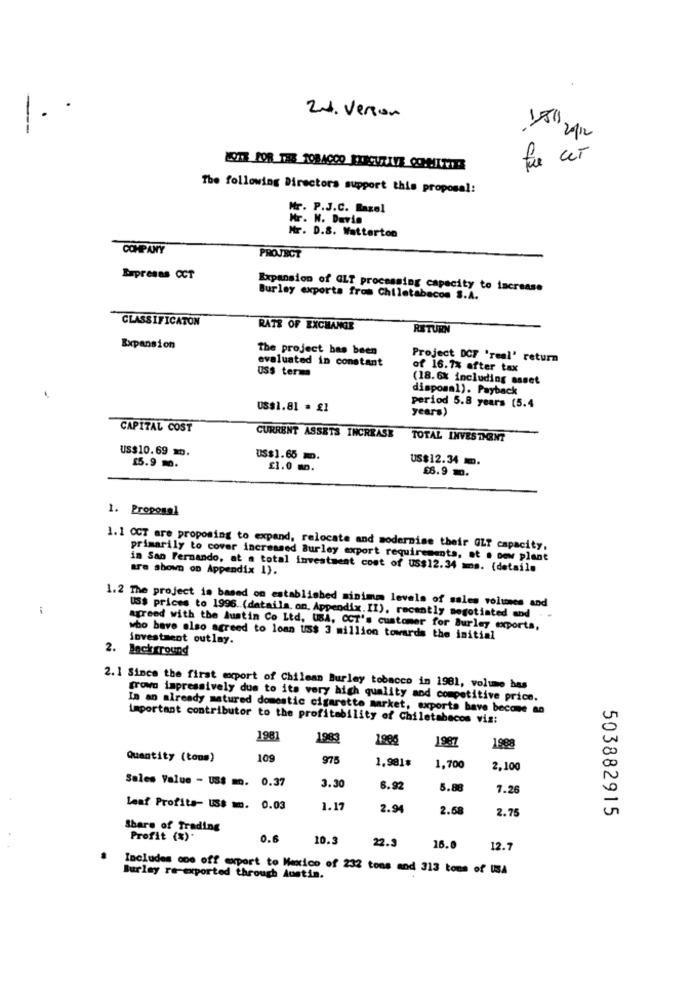
2. Version
150
20/12
018
The following Directors support this proposal:
Mr. P.J.C. Bazel
Mr. W. Davis
Mr. D.S. Watterton
COMPANY
PROJECT
Expresas CCT
Expansion of GLT processing capacity to increase
Burley exporta from Chiletabacos S.A.
CLASSIFICATON
RATE OF EXCHANGE
RETURN
Expansion
The project has been
evaluated in constant
Project DCF 'real' return
uss terme
of 16.7% after tax
(18.6% including asset
disposal). Payback
US$1.81 = £1
period 5.8 years (5.4
years)
CAPITAL COST
CURRENT ASSETS INCREASE
TOTAL INVESTMENT
US$10.69 .
US$1.65 m.
US$12.34 .
15.9 m.
£1.0 mn.
£6.9 mo.
1. Proposal
1.1 OCT are proposing to expand, relocate and modernise their GLT capacity,
primarily to cover increased Burley export requirements, at . oew plant
are shown on Appendix 1).
in San Fernando, at a total investment cost of us$12.34 mms. (details
1.2 The project is based on established minima levels of sales volumees and
US$ prices to 1996. (details. on. Appendix, II), recently negotiated and
agreed with the Austin Co Ltd, UBA, CCI's customer for Burley exports,
wbo bave also agreed to loan us$ 3 million towards the initial
investment outlay.
2. Background
2.1 Since the first export of Chilean Burley tobacco in 1981, volume has
grown impressively due to its very high quality and competitive price.
In an already matured domestic cigarette market, exports have become an
important contributor to the profitability of Chiletabacos vis:
1981
1983
1987
1988
Quantity (tous)
109
975
1.981#
1,700
2,100
3.30
Sales Value - US$ m. 0.37
6.92
5.88
7.26
Leaf Profits- US$ mm. 0.03
1.17
2.94
2.68
2.75
503882915
Share of Trading
Profit (%).
0.6
10.3
22.9
16.0
12.7
Includes one off comport to Meorico of 232 tons and 313 tons of USA
Burley re-exported through Austin.